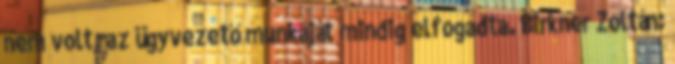
nem volt, az ügyvezető munkáját mindig elfogadta. Birkner Zoltán: